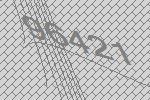
96421